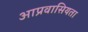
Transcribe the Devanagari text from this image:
आप्रवासियता